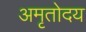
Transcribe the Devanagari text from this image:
अमृतोदय